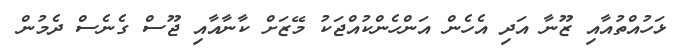
ޅަހުއްތުއާއި ޒޫނާ އަދި އެހެން އަންހެންކުއްޖަކު މޭޒަށް ކާނާއާއި ޖޫސް ގެނެސް ދެމުން